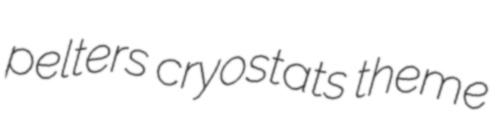
pelters cryostats theme